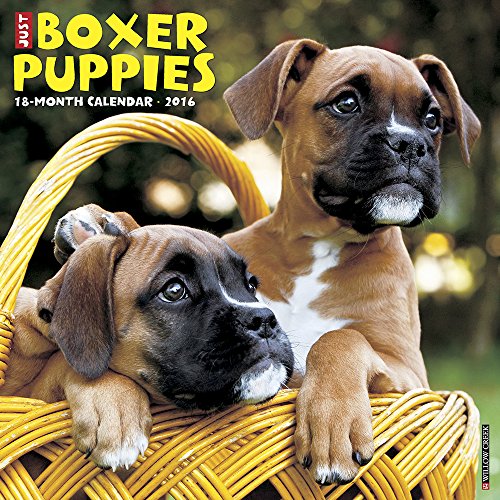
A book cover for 2016 Just Boxer Puppies Wall Calendar; Willow Creek Press; Calendars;